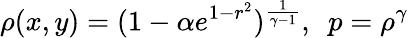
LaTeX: \rho(x,y)=(1-\alpha e^{1-r^{2}})^{\frac{1}{\gamma-1}},~~p=\rho^{\gamma}